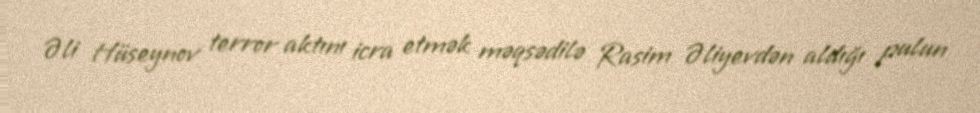
Əli Hüseynov terror aktını icra etmək məqsədilə Rasim Əliyevdən aldığı pulun